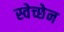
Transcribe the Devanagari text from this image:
स्वेच्छेन